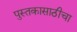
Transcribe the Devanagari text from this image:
पुस्तकासाठीचा